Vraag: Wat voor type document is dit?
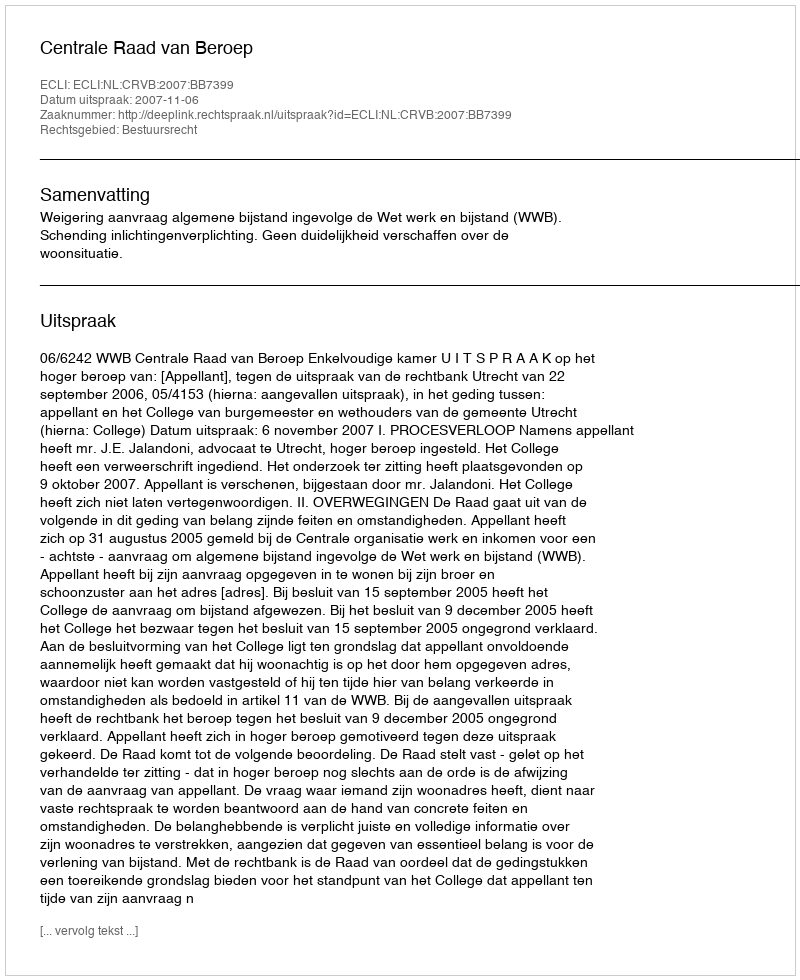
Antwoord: Uitspraak